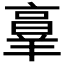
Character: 𦎫